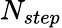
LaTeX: N_{step}